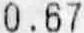
0.67